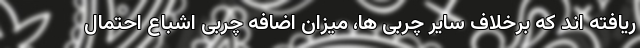
ریافته اند که برخلاف سایر چربی ها، میزان اضافه چربی اشباع احتمال